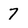
Character: 7